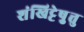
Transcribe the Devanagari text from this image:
शंखिट्टेषु़त्तु